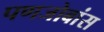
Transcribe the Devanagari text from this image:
पणजोबांस